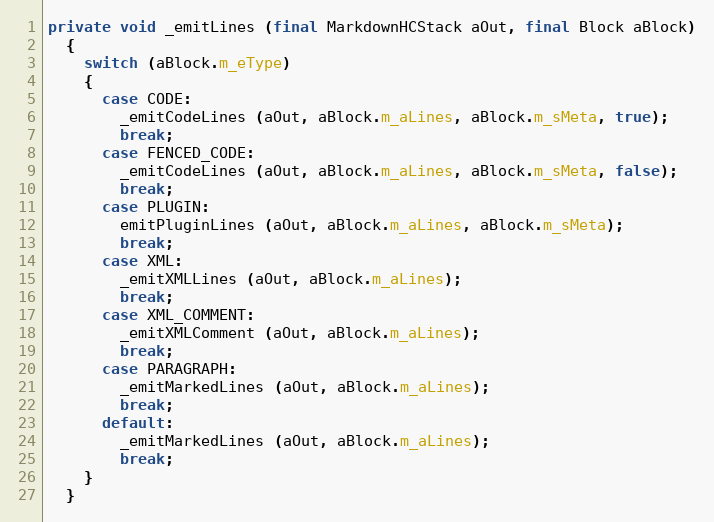
Language: Java
private void _emitLines (final MarkdownHCStack aOut, final Block aBlock)
  {
    switch (aBlock.m_eType)
    {
      case CODE:
        _emitCodeLines (aOut, aBlock.m_aLines, aBlock.m_sMeta, true);
        break;
      case FENCED_CODE:
        _emitCodeLines (aOut, aBlock.m_aLines, aBlock.m_sMeta, false);
        break;
      case PLUGIN:
        emitPluginLines (aOut, aBlock.m_aLines, aBlock.m_sMeta);
        break;
      case XML:
        _emitXMLLines (aOut, aBlock.m_aLines);
        break;
      case XML_COMMENT:
        _emitXMLComment (aOut, aBlock.m_aLines);
        break;
      case PARAGRAPH:
        _emitMarkedLines (aOut, aBlock.m_aLines);
        break;
      default:
        _emitMarkedLines (aOut, aBlock.m_aLines);
        break;
    }
  }